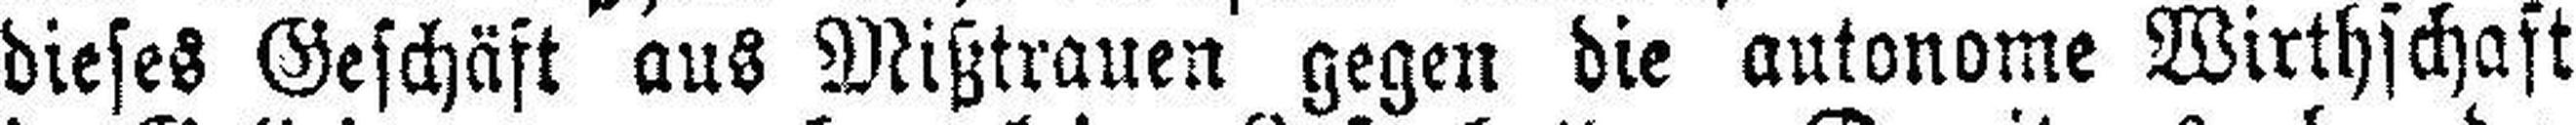
dieses Geschäft aus Mißtrauen gegen die autonome Wirthschaft